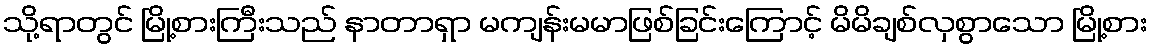
သို့ရာတွင် မြို့စားကြီးသည် နာတာရှာ မကျန်းမမာဖြစ်ခြင်းကြောင့် မိမိချစ်လှစွာသော မြို့စား